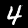
Label: 4